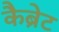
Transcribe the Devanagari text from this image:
कैब्रेट